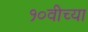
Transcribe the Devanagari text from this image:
१०वीच्या